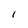
Character: l